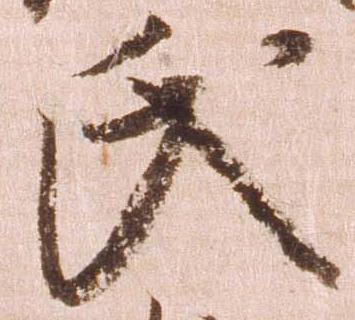
氏